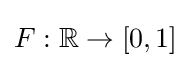
F:\mathbb {R} \to [0,1]